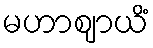
မဟာဈာယိံ